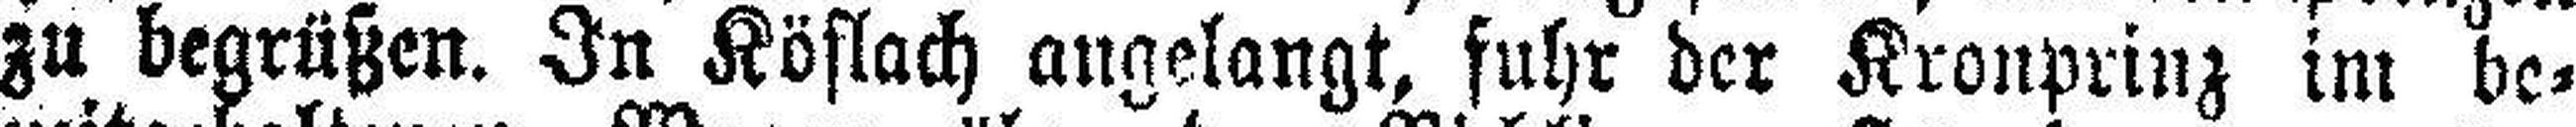
zu begrüßen. In Köflach angelangt, fuhr der Kronprinz im be¬